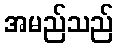
အမည်သည်